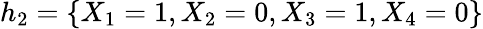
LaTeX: h_{2}=\{ X_{1}=1,X_{2}=0,X_{3}=1,X_{4}=0\}